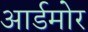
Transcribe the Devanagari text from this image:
आर्डमोर